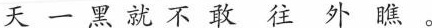
天 一 黑 就 不 敢 往 外 瞧。